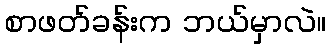
စာဖတ်ခန်းက ဘယ်မှာလဲ။